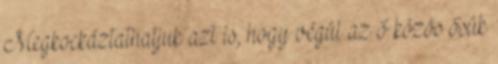
Megkockáztathatjuk azt is, hogy végül az ő közös ősük